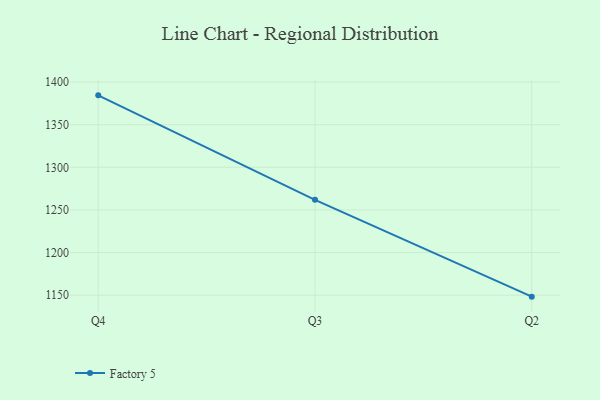
{"axis": {"x": "Quarter", "y": "Gross Profit (USD K)"}, "legend": ["Factory 5"], "data": [{"x": "Q4", "y": 1384.4, "type": "Factory 5"}, {"x": "Q3", "y": 1261.9, "type": "Factory 5"}, {"x": "Q2", "y": 1148.3, "type": "Factory 5"}]}